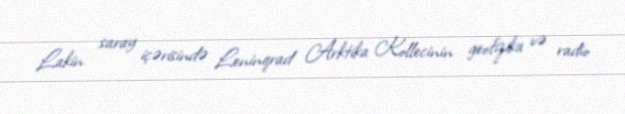
Lakin saray içərisində Leninqrad Arktika Kollecinin geofizika və radio